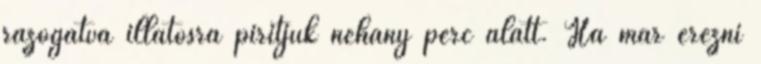
rázogatva illatosra pirítjuk néhány perc alatt. Ha már érezni